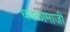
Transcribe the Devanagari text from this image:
धवळामाजी